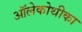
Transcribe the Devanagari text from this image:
ऑलेकोथीका